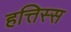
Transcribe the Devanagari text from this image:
हत्तिस्स